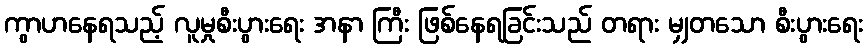
ကွာဟနေရသည့် လူမှုစီးပွားရေး အနာ ကြီး ဖြစ်နေရခြင်းသည် တရား မျှတသော စီးပွားရေး